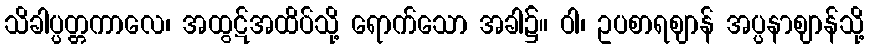
သိခါပ္ပတ္တကာလေ၊ အထွဋ်အထိပ်သို့ ရောက်သော အခါ၌။ ဝါ၊ ဥပစာရဈာန် အပ္ပနာဈာန်သို့